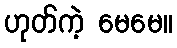
ဟုတ်ကဲ့ မေမေ။